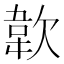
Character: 𩎗